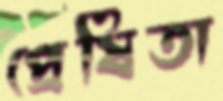
প্রেষিতা